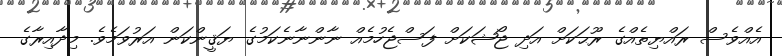
އެއްވެސް ރައްޔިތެއްގެ ރޫޙަކަށް އަދި ޖޯޝަކަށް ފަސްޖެހުމެއް ނާންނާނެކަމުގެ ޔަޤީންކަން އަރުވަމެވެ. މިދާއިރާގެ